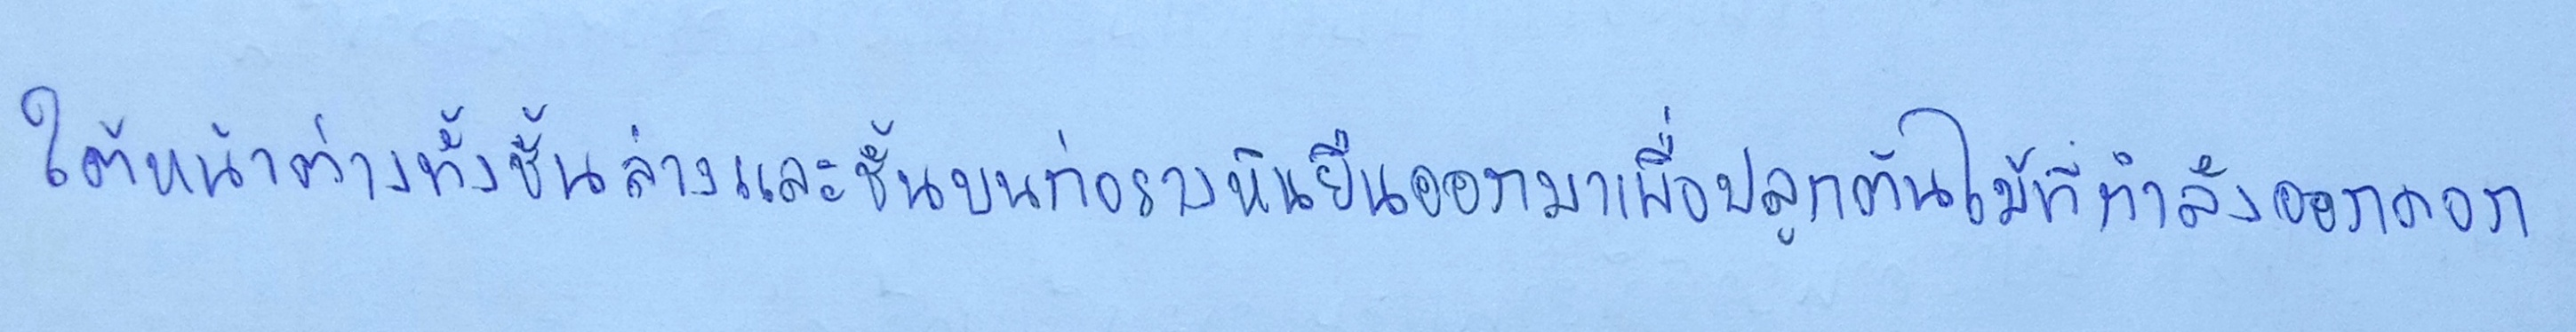
ใต้หน้าต่างทั้งชั้นล่างและชั้นบนก่อรางหินยื่นออกมาเพื่อปลูกต้นไม้ที่กำลังออกดอก